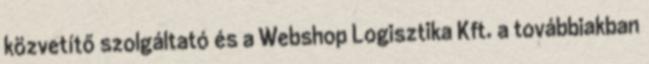
közvetítő szolgáltató és a Webshop Logisztika Kft. a továbbiakban